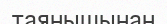
таянышынан